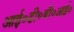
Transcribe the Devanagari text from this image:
आई०डी०बी०आई०